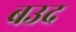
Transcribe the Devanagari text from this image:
बउद